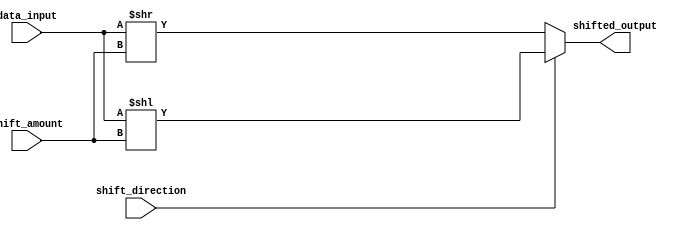
module barrel_shifter (
    input [7:0] data_input,
    input [2:0] shift_amount,
    input shift_direction,
    output reg [7:0] shifted_output
);

always @(*) begin
    if (shift_direction == 1) begin
        shifted_output = data_input << shift_amount;
    end else begin
        shifted_output = data_input >> shift_amount;
    end
end

endmodule